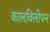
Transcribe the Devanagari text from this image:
कालविलोपन